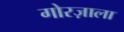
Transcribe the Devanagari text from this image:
गोरज़ाला